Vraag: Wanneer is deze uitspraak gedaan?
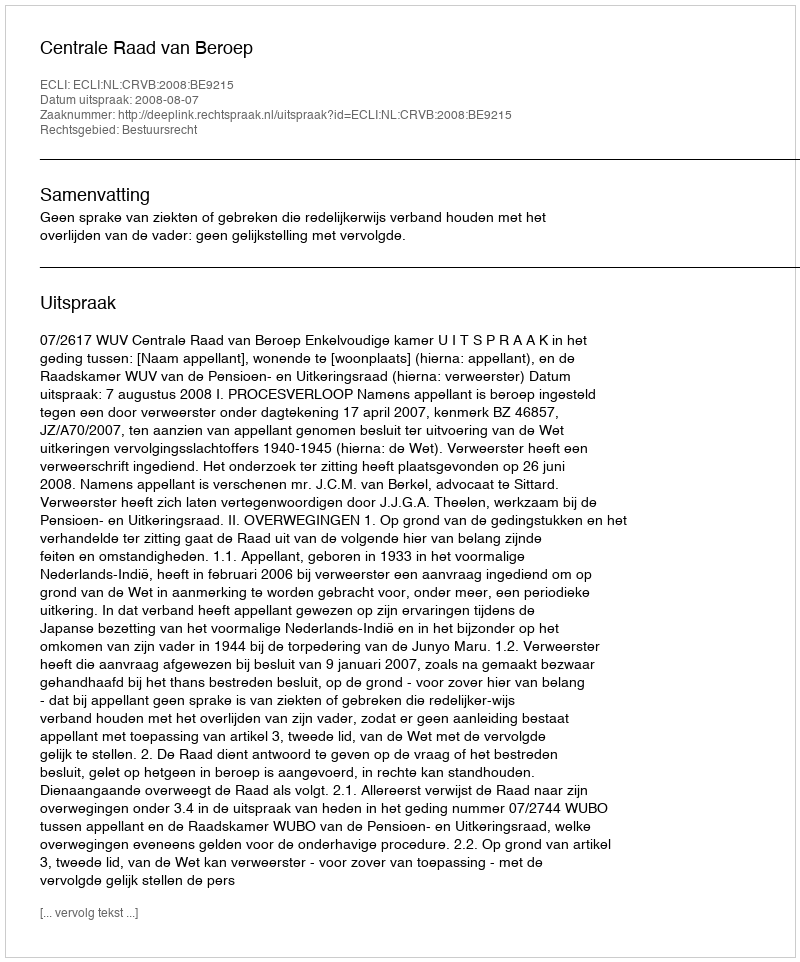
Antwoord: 2008-08-07